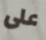
على